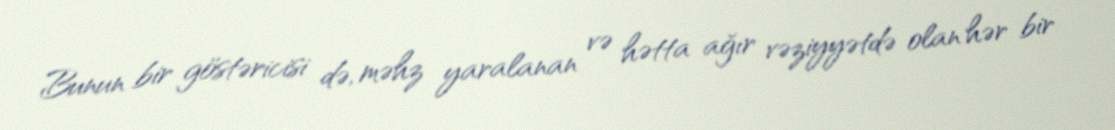
Bunun bir göstəricisi də, məhz yaralanan və hətta ağır vəziyyətdə olan hər bir